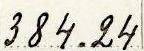
384.24